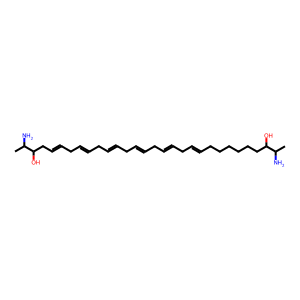
SMILES: CC(N)C(O)CC=CCC=CCC=CCC=CCC=CCC=CCCCCCCC(O)C(C)N
Inhibits HIV replication: No